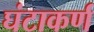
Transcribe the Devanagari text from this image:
घंटाकर्ण